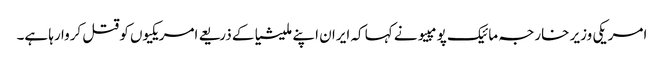
امریکی وزیر خارجہ مائیک پومپیو نے کہا کہ ایران اپنے ملیشیا کے ذریعے امریکیوں کو قتل کروا رہا ہے۔